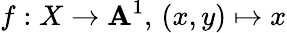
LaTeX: f:X\to\mathbf{A}^{1},\, (x,y)\mapsto x